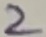
Text: 2